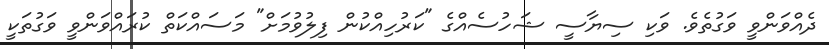
ދެއްވަންވީ ވަގުތެވެ. ވަކި ސިޔާސީ ޝަހުސެއްގެ "ކަރުހިއްކުން ފިލުވުމަށް" މަސައްކަތް ކުރައްވަންވީ ވަގުތަކީ